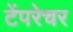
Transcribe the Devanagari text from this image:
टेंपरेचर